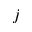
j